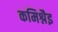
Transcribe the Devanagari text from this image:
कमिश्नैइ